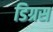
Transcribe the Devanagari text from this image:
डिग्रस